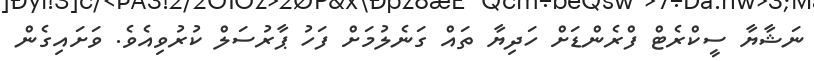
ނަޝާޔާ ސީކްރެޓް ފްރެންޑަށް ހަދިޔާ ތައް ގަނެލުމަށް ފަހު ޕާރުސަލް ކުރުވިއެވެ. ވަށައިގެން